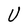
Character: U